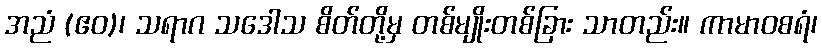
အညံ (ဧဝ)၊ သရာဂ သဒေါသ စိတ်တို့မှ တစ်မျိုးတစ်ခြား သာတည်း။ ကာမာဝစရံ၊